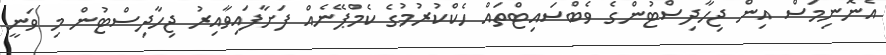
އެނޮނިމަސް އިން ޖިހާދިސްޓުންގެ ވެބްސައިޓްތައް ހެކްކުރުމުގެ ކެމްޕޭނެއް ފަށާފައިވާއިރު ޖިހާދިސްޓުން މި ވަނީ